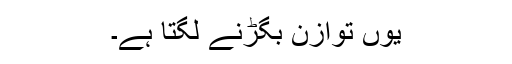
یوں توازن بگڑنے لگتا ہے۔